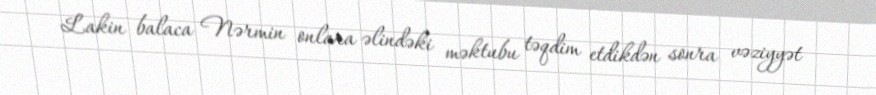
Lakin balaca Nərmin onlara əlindəki məktubu təqdim etdikdən sonra vəziyyət